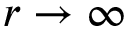
r \to \infty